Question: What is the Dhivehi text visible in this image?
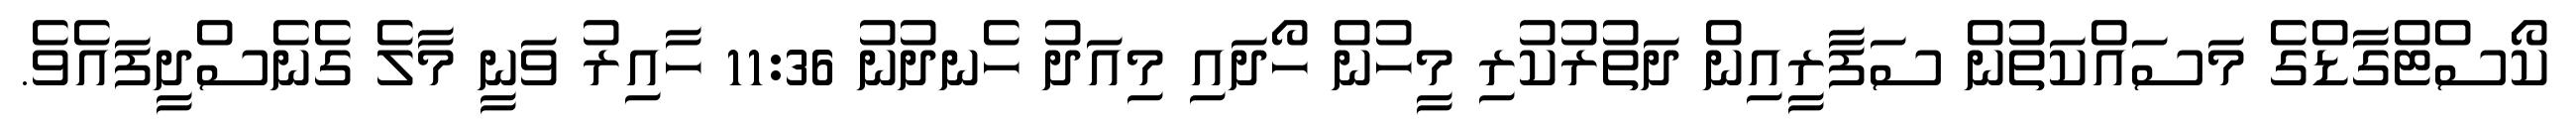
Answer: ކޯސްޓްގާޑްގެ މަސައްކަތުން ސަފާރީއިން ދަތުރުކުރި މީހުން ހޯދައި މިއަދު ހެނދުނު 11:36 ހާއިރު ވަނީ މާލެ ގެނެސްދީފައެވެ.